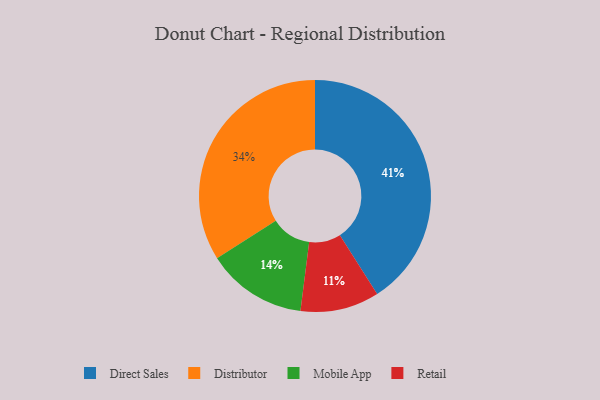
{"axis": {"x": "Category", "y": "Percentage"}, "legend": ["Direct Sales", "Distributor", "Mobile App", "Retail"], "data": [{"x": "Mobile App", "y": 14, "type": "Mobile App"}, {"x": "Distributor", "y": 34, "type": "Distributor"}, {"x": "Direct Sales", "y": 41, "type": "Direct Sales"}, {"x": "Retail", "y": 11, "type": "Retail"}]}